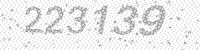
Solution: 223139